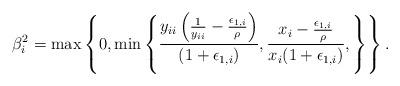
LaTeX: \begin{align*}\beta_{i}^2 =\max\left\{0, \min\left\{\frac{y_{ii}\left(\frac{1}{y_{ii}}-\frac{\epsilon_{1,i}}{\rho}\right)}{(1+\epsilon_{1,i})},\frac{x_i-\frac{\epsilon_{1,i}}{\rho}}{x_i(1+\epsilon_{1,i})}, \right\}\right\}.\end{align*}